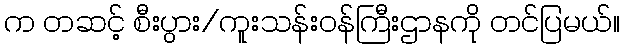
က တဆင့် စီးပွား/ကူးသန်းဝန်ကြီးဌာနကို တင်ပြမယ်။